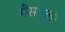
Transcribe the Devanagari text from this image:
गैसनली